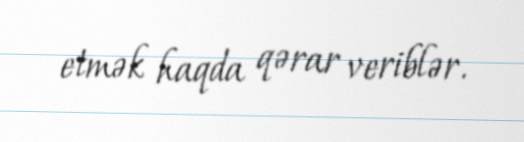
etmək haqda qərar veriblər.